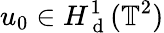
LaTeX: u_{0}\in H_{\mathrm{~d~}}^{1}(\mathbb{T}^{2})